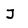
Character: J